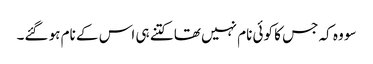
سو وہ کہ جس کا کوئی نام نہیں تھا کتنے ہی اس کے نام ہو گئے۔